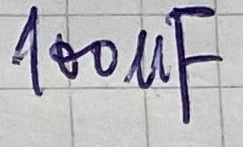
Text: 100µF